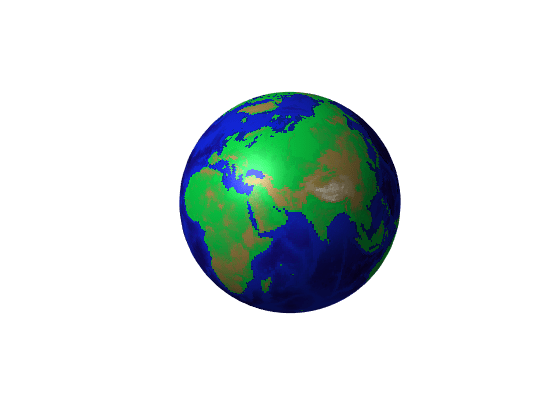
matlab, contour, colormap, sphere, surface, light